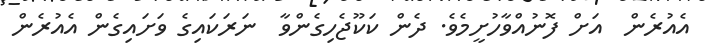
އެއުރެން  އަށް ފޮނުއްވާހުށީމެވެ. ދެން ކަކޫޖެހިގެންވާ  ނަރަކައިގެ ވަށައިގެން އެއުރެން